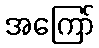
အကြော်